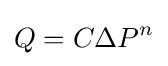
Q=C{\Delta }P^{n}\,\!